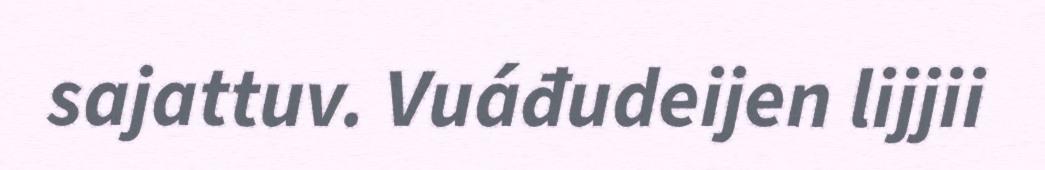
sajattuv. Vuáđudeijen lijjii